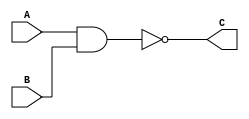
`timescale 1ns / 1ps
//////////////////////////////////////////////////////////////////////////////////
// Company: 
// Engineer: 
// 
// Design Name: 
// Module Name: Nand_gate
// Project Name: 
// Target Devices: 
// Tool Versions: 
// Description: 
// 
// Dependencies: 
// 
// Revision:
// Revision 0.01 - File Created
// Additional Comments:
// 
//////////////////////////////////////////////////////////////////////////////////


module Nand_gate(
    input A,
    input B,
    output C
    );
    assign C =  ~(A & B ); // need to do the AND operation here
    
endmodule